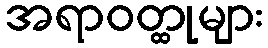
အရာဝတ္ထုများ